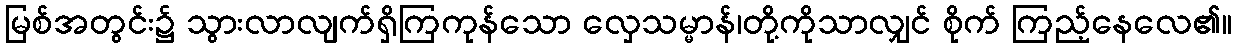
မြစ်အတွင်း၌ သွားလာလျက်ရှိကြကုန်သော လှေသမ္မာန်၊တို့ကိုသာလျှင် စိုက် ကြည့်နေလေ၏။